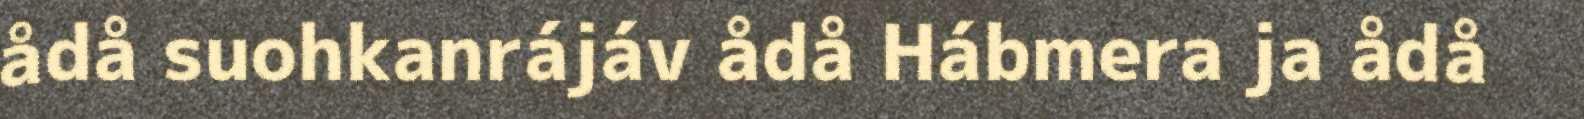
ådå suohkanrájáv ådå Hábmera ja ådå